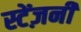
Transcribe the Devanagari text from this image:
स्टेंज़नी